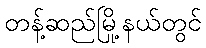
တန့်ဆည်မြို့နယ်တွင်